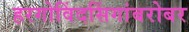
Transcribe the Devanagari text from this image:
हरगोविंदसिंगांबरोबर